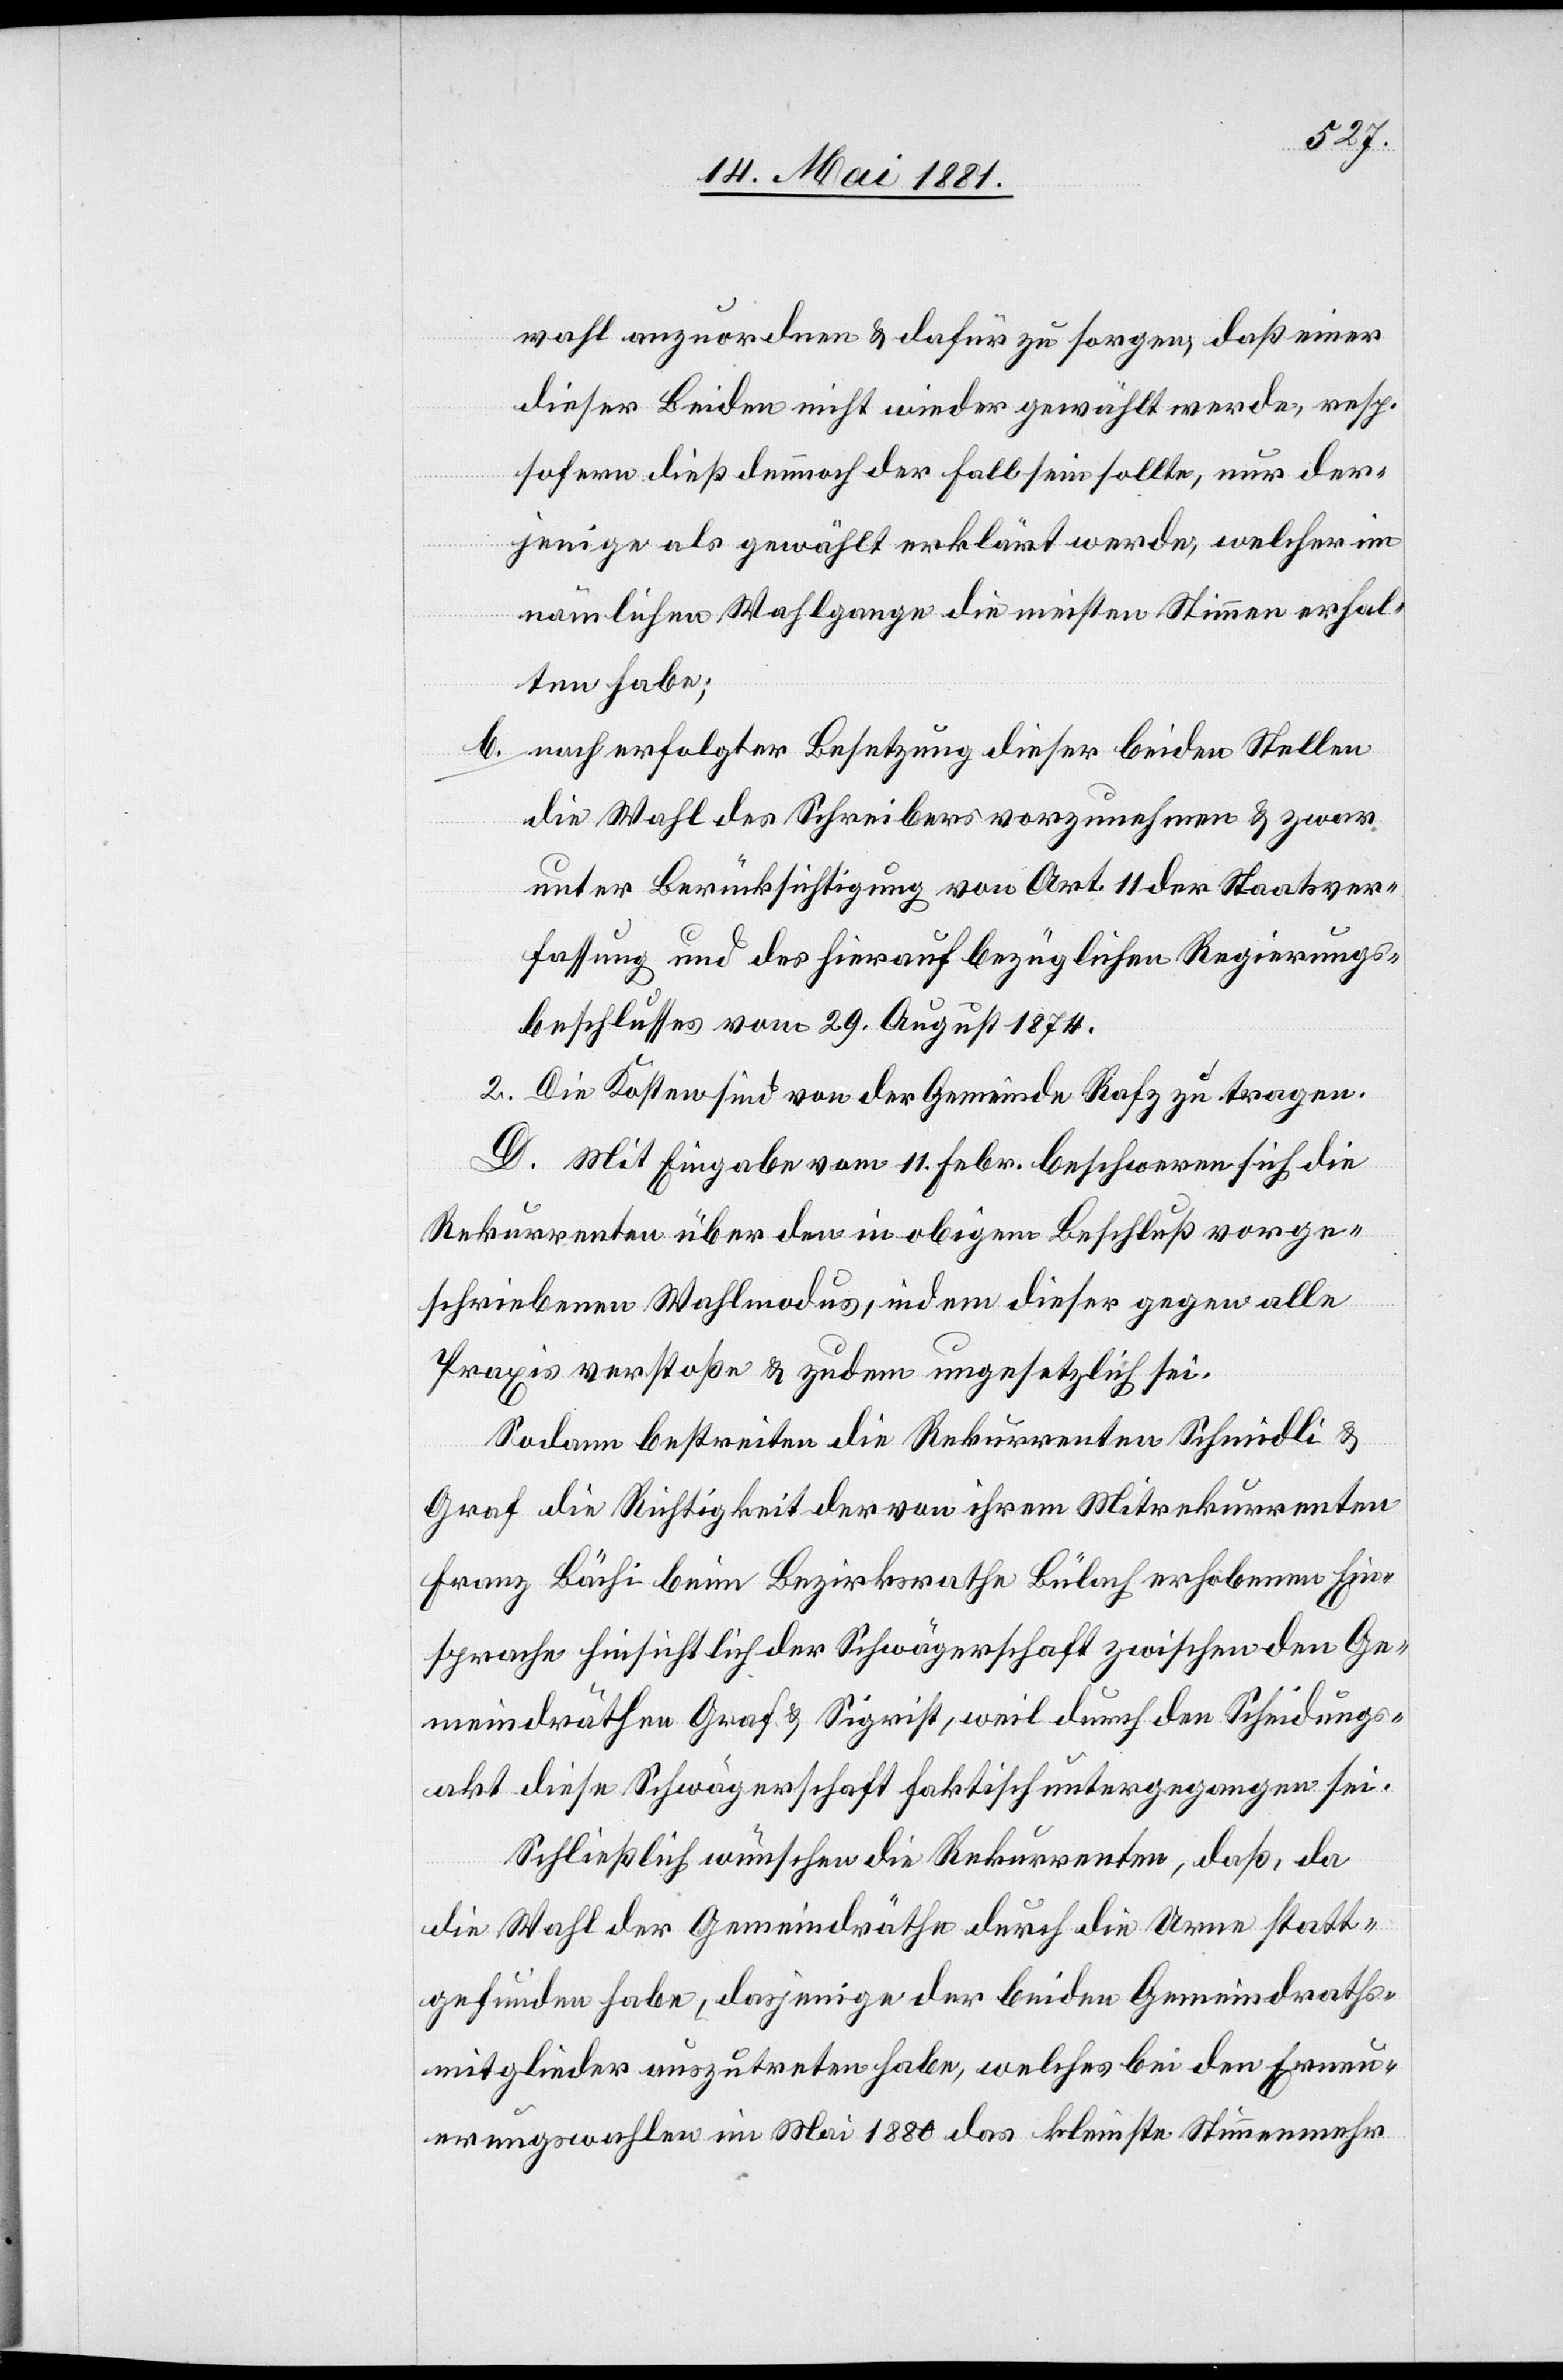
wahl anzuordnen & dafür zu sorgen, daß einer
dieser beiden nicht wieder gewählt werde, resp.
sofern dieß dennoch der Fall sein sollte, nur der¬
jenige als gewählt erklärt werde, welcher im
nämlichen Wahlgange die meisten Stimmen erhal¬
ten habe;
b. nach erfolgter Besetzung dieser beiden Stellen
die Wahl des Schreibers vorzunehmen & zwar
unter Berücksichtigung von Art. 11 der Staatsver¬
fassung und des hierauf bezüglichen Regierungs¬
beschlusses vom 29. August 1874.
2. Die Kosten sind von der Gemeinde Rafz zu tragen.
D. Mit Eingabe vom 11. Febr. beschweren sich die
Rekurrenten über den in obigem Beschluß vorge¬
schriebenen Wahlmodus, indem dieser gegen alle
Praxis verstoße & zudem ungesetzlich sei.
Sodann bestreiten die Rekurrenten Schmidli &
Graf die Richtigkeit der von ihrem Mitrekurrenten
Franz Bächi beim Bezirksrathe Bülach erhobenen Ein¬
sprache hinsichtlich der Schwägerschaft zwischen den Ge¬
meindräthen Graf & Sigrist, weil durch den Scheidungs¬
akt diese Schwägerschaft faktisch untergegangen sei.
Schließlich wünschen die Rekurrenten, daß, da
die Wahl der Gemeindräthe durch die Urne statt¬
gefunden habe, dasjenige der beiden Gemeindraths¬
mitglieder auszutreten habe, welches bei den Erneu¬
erungswahlen im Mai 1880 das kleinste Stimmenmehr